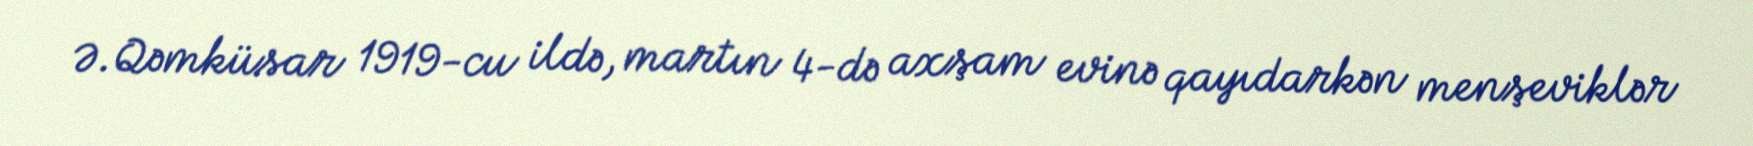
Ə.Qəmküsar 1919-cu ildə, martın 4-də axşam evinə qayıdarkən menşeviklər